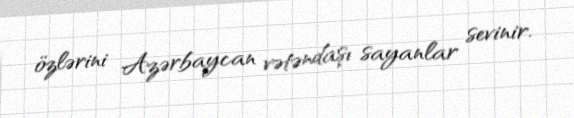
özlərini Azərbaycan vətəndaşı sayanlar sevinir.